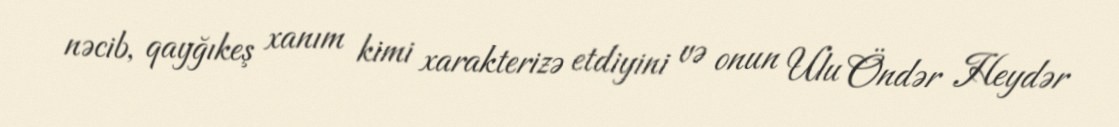
nəcib, qayğıkeş xanım kimi xarakterizə etdiyini və onun Ulu Öndər Heydər